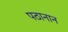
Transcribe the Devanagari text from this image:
पठानान